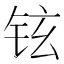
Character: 铉